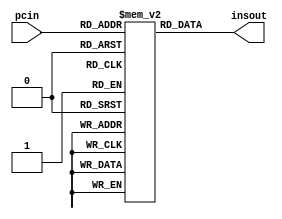
module ins_mem(insout,pcin);
output [11:0]insout;
input [3:0]pcin;

reg [11:0]ins_store[0:15];

assign insout=ins_store[pcin];

localparam vli=3'b000,vsi=3'b001,vls=3'b100,vss=3'b101,vlm=3'b010,vsm=3'b011,stp=3'b111;

initial
begin
ins_store[0]<={vsi,3'd1,3'd0,3'd0};//vsi v1,r0
ins_store[1]<={vli,3'd2,3'd0,3'd0};//vli v2,r0
ins_store[2]<={stp,3'd0,3'd0,3'd0};//stop
end

endmodule